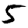
Digit: 5